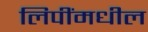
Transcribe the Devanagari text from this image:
लिपींमधील